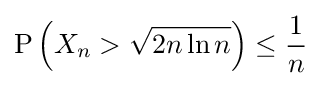
\operatorname {P} \left(X_{n}>{\sqrt {2n\ln n}}\right)\leq {\frac {1}{n}}